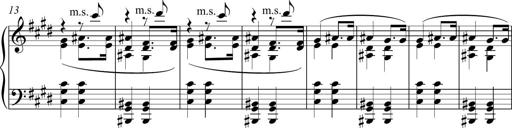
Title: Funeral March and Sonatina
Composer: Thomas Hellemans
Key: C-sharp minor